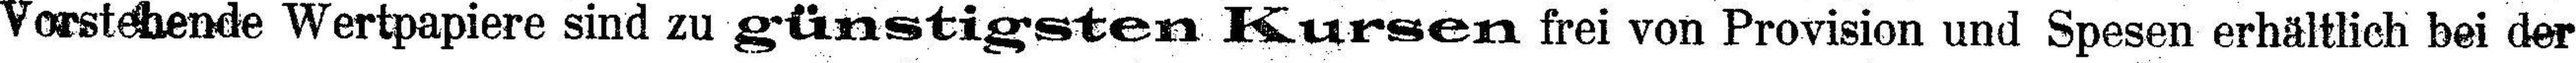
Vorstehende Wertpapiere sind zu günstigsten Kursen frei von Provision und Spesen erhältlich bei der